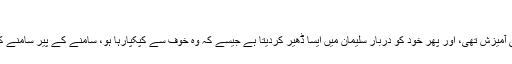
| FikroKhabar
کچھ وقفہ کے بعد ہد ہد پرندہ حاضر ہوتا ہے ، معصوم سا چہرہ لئے جس میں ڈر اور خوف کی آمیزش تھی، اور پھر خود کو دربارِ سلیمان میں ایسا ڈھیر کردیتا ہے جیسے کہ وہ خوف سے کپکپارہا ہو، سامنے کے پیر سامنے کئے پیر پھیلا کر،جیسے رحم کی بھیگ مانگ رہا ہو، (اس کی آسان تعبیر،’’ گرتے پڑتے ‘‘)۔